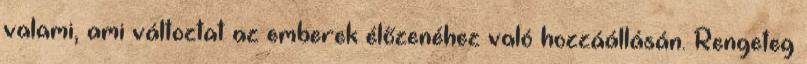
valami, ami változtat az emberek élőzenéhez való hozzáállásán. Rengeteg